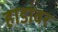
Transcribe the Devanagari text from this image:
हाडांवर